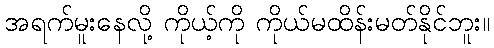
အရက်မူးနေလို့ ကိုယ့်ကို ကိုယ်မထိန်းမတ်နိုင်ဘူး။